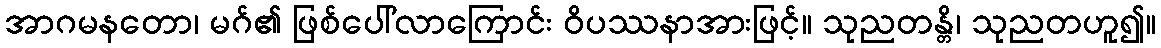
အာဂမနတော၊ မဂ်၏ ဖြစ်ပေါ်လာကြောင်း ဝိပဿနာအားဖြင့်။ သုညတန္တိ၊ သုညတဟူ၍။